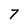
Character: 7